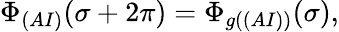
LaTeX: \Phi_{(AI)}(\sigma+2\pi)=\Phi_{g((AI))}(\sigma),